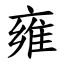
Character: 雍